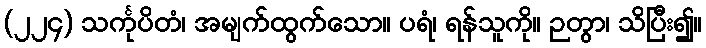
(၂၂၄) သင်္ကုပိတံ၊ အမျက်ထွက်သော။ ပရံ၊ ရန်သူကို။ ဉတွာ၊ သိပြီး၍။